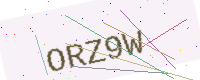
Text: ORZ9W